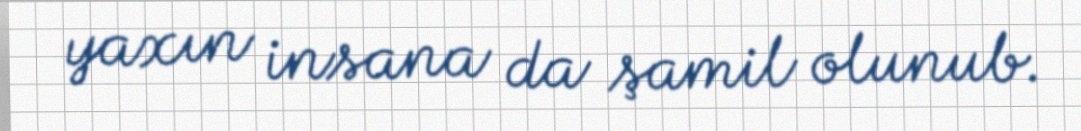
yaxın insana da şamil olunub.